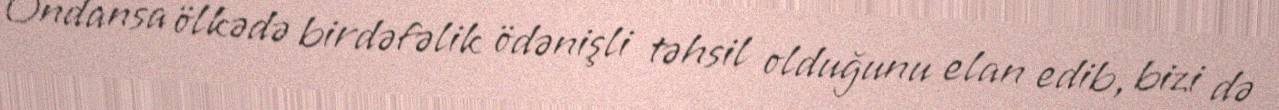
Ondansa ölkədə birdəfəlik ödənişli təhsil olduğunu elan edib, bizi də